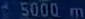
5000 m